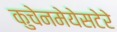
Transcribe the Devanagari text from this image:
कुचेनमेयेसटेरे